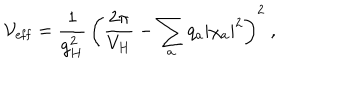
LaTeX: { \cal V } _ { \mathrm { e f f } } = { \frac { 1 } { g _ { H } ^ { 2 } } } \, \bigg ( { \frac { 2 \pi } { V _ { H } } } - \sum _ { a } q _ { a } | \chi _ { a } | ^ { 2 } \bigg ) ^ { 2 } \ ,